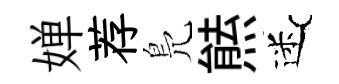
婵荐鳬㷱迷